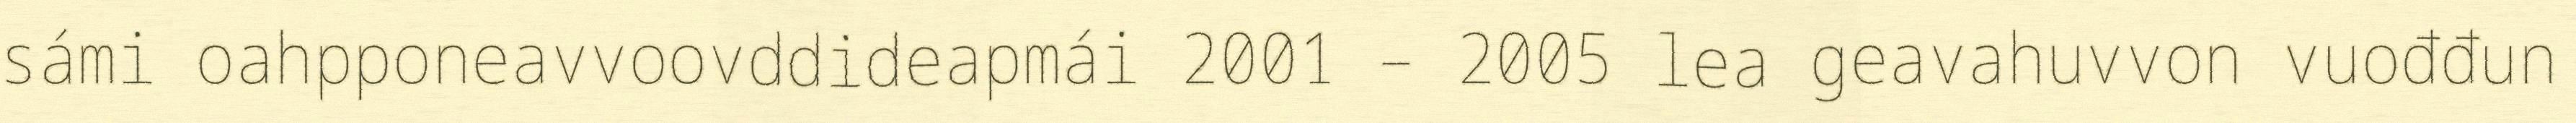
sámi oahpponeavvoovddideapmái 2001 – 2005 lea geavahuvvon vuođđun